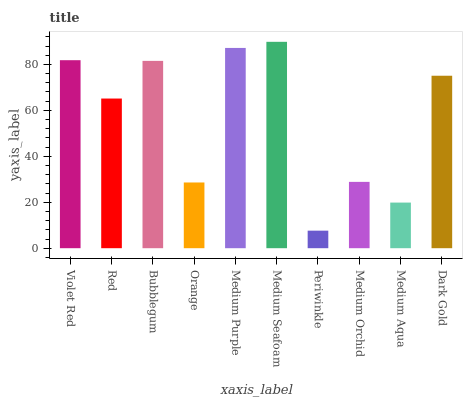
| xaxis_label | bars |
 | --- | --- |
 | Violet Red | 81.8 |
 | Red | 65.1 |
 | Bubblegum | 81.5 |
 | Orange | 28.6 |
 | Medium Purple | 87.2 |
 | Medium Seafoam | 89.8 |
 | Periwinkle | 7.64 |
 | Medium Orchid | 28.9 |
 | Medium Aqua | 19.9 |
 | Dark Gold | 75.1 |